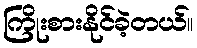
ကြိုးစားနိုင်ခဲ့တယ်။